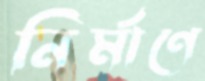
নির্মাণে